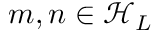
m , n \in { \mathcal { H } } _ { L }